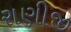
રાણીજી